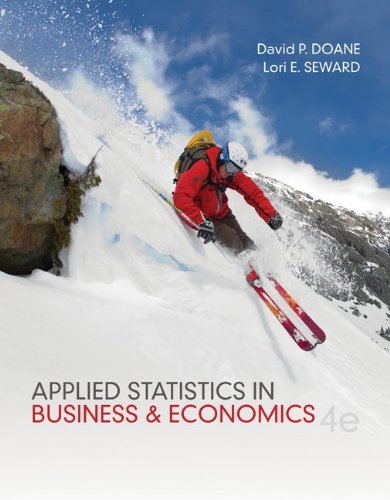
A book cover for Applied Statistics in Business and Economics; David Doane; Business & Money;